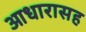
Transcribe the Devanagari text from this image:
आधारासह